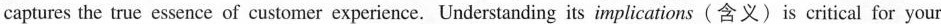
captures the true essence of customer experience. Understanding its implications (含 义) is critical for your